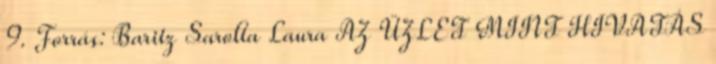
9. Forrás: Baritz Sarolta Laura AZ ÜZLET MINT HIVATÁS